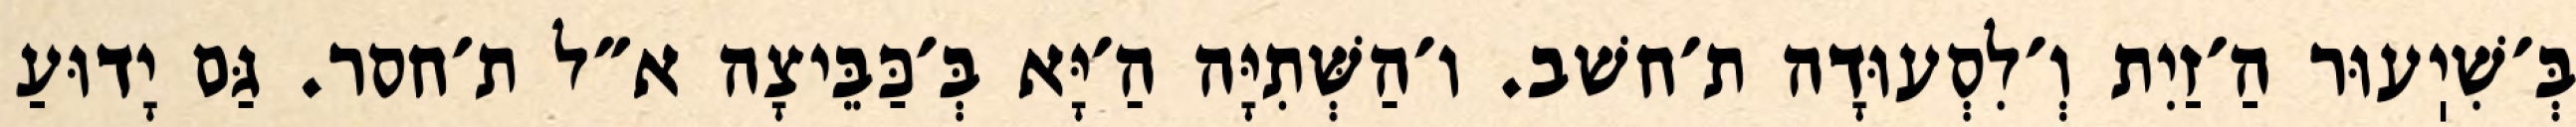
בְּ׳שִׁיֽעוּר הַ׳זַיִת וְ׳לִסְעוּדָה ת׳חשׁב. ו׳הַשְּׁתִיָּה הַ׳יָּא בְּ׳כַּבֵּיצָה א״ל ת׳חסר. גַּם יָדוּעַ